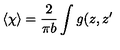
\left\langle \chi \right\rangle = \frac 2 { \pi b } \int g ( z , z ^ { \prime }